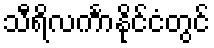
သီရိလင်္ကာနိုင်ငံတွင်